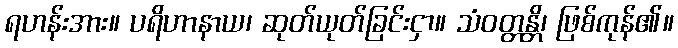
ရဟန်းအား။ ပရိဟာနာယ၊ ဆုတ်ယုတ်ခြင်းငှာ။ သံဝတ္တန္တိ၊ ဖြစ်ကုန်၏။